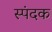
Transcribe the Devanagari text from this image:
स्पंदक